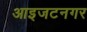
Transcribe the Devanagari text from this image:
आइजटनगर